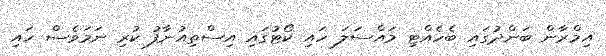
އިމްރާން ބަންދުގައި ބެހެއްޓި މައްސަލަ ހައި ކޯޓުގައި އިސްތިއުނާފު ކުރި ނަމަވެސް ހައި